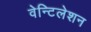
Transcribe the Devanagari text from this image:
वेन्टिलेशन